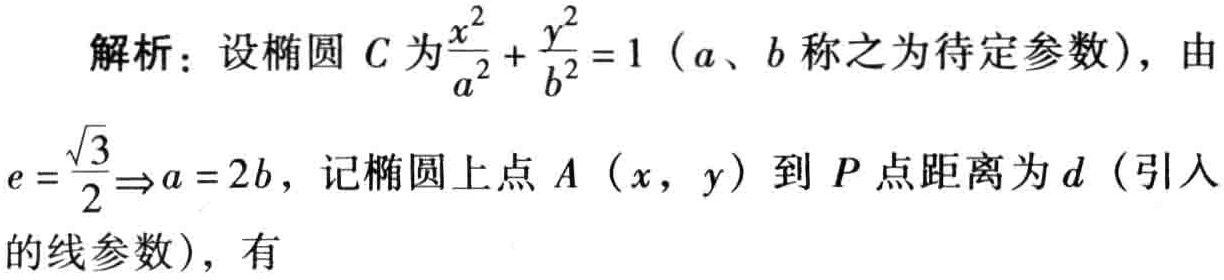
解析：设椭圆 \(C\) 为\(\frac{x^{2}}{a^{2}}+\frac{y^{2}}{b^{2}} = 1\)（\(a\)、\(b\) 称之为待定参数），由
\(e=\frac{\sqrt{3}}{2}\Rightarrow a = 2b\)，记椭圆上点 \(A\)（\(x\)，\(y\)）到 \(P\) 点距离为 \(d\)（引入
的线参数），有